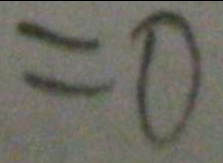
= 0